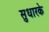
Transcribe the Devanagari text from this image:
सुधारके